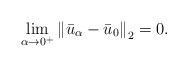
LaTeX: \begin{align*}\lim_{\alpha\rightarrow 0^+}\left\|\bar u_\alpha-\bar u_0\right\|_2=0.\end{align*}